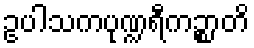
ဥပါသကပုဏ္ဍရီကဉ္စာတိ